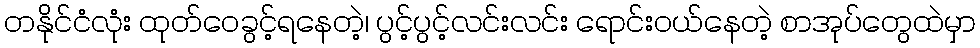
တနိုင်ငံလုံး ထုတ်ဝေခွင့်ရနေတဲ့၊ ပွင့်ပွင့်လင်းလင်း ရောင်းဝယ်နေတဲ့ စာအုပ်တွေထဲမှာ